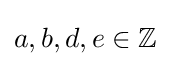
a,b,d,e\in \mathbb {Z}